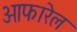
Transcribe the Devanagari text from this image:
ओफारेल